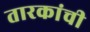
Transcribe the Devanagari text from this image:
तारकांची